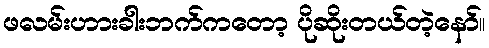
ဖလမ်းဟားခါးဘက်ကတော့ ပိုဆိုးတယ်တဲ့နော်။